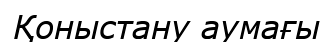
Қоныстану аумағы